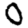
Digit: 0